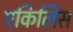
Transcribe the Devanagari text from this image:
एकिलिस